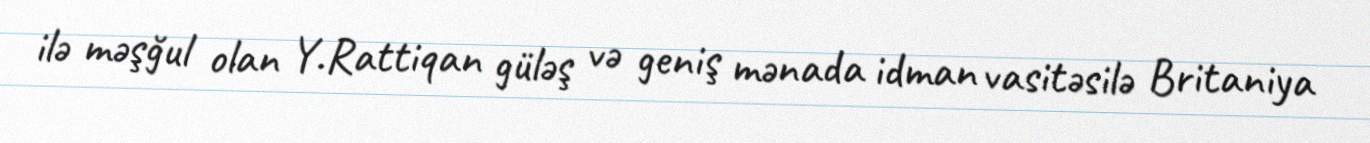
ilə məşğul olan Y.Rattiqan güləş və geniş mənada idman vasitəsilə Britaniya